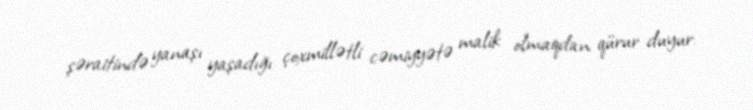
şəraitində yanaşı yaşadığı çoxmillətli cəmiyyətə malik olmaqdan qürur duyur: